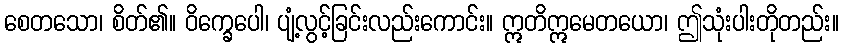
စေတသော၊ စိတ်၏။ ဝိက္ခေပေါ၊ ပျံ့လွင့်ခြင်းလည်းကောင်း။ ဣတိဣမေတယော၊ ဤသုံးပါးတိုတည်း။